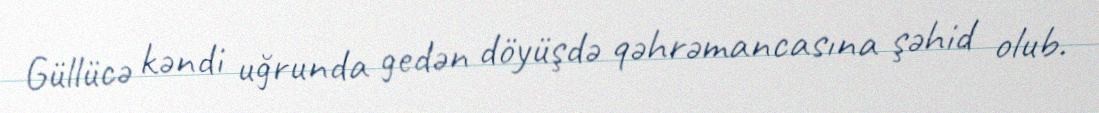
Güllücə kəndi uğrunda gedən döyüşdə qəhrəmancasına şəhid olub.